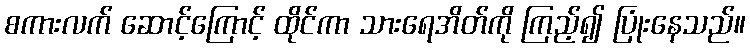
စကားလက် ဆောင့်ကြောင့် ထိုင်ကာ သားရေအိတ်ကို ကြည့်၍ ပြုံးနေသည်။